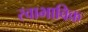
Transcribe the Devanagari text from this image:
स्‍वाभाविक